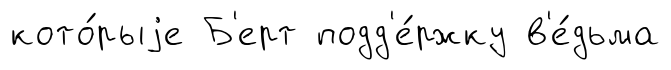
кото́рыjе Б'ерт подд'е́ржку в'е́дьма